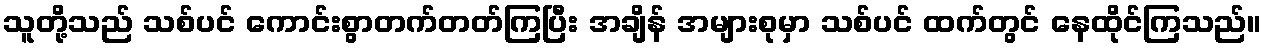
သူတို့သည် သစ်ပင် ကောင်းစွာတက်တတ်ကြပြီး အချိန် အများစုမှာ သစ်ပင် ထက်တွင် နေထိုင်ကြသည်။